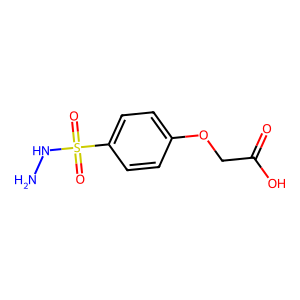
SMILES: NNS(=O)(=O)c1ccc(OCC(=O)O)cc1
Inhibits HIV replication: No